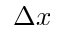
\Delta x